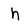
Character: h